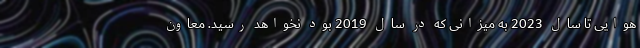
هوایی تا سال 2023 به میزانی که در سال 2019 بود نخواهد رسید. معاون